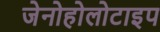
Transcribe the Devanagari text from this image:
जेनोहोलोटाइप